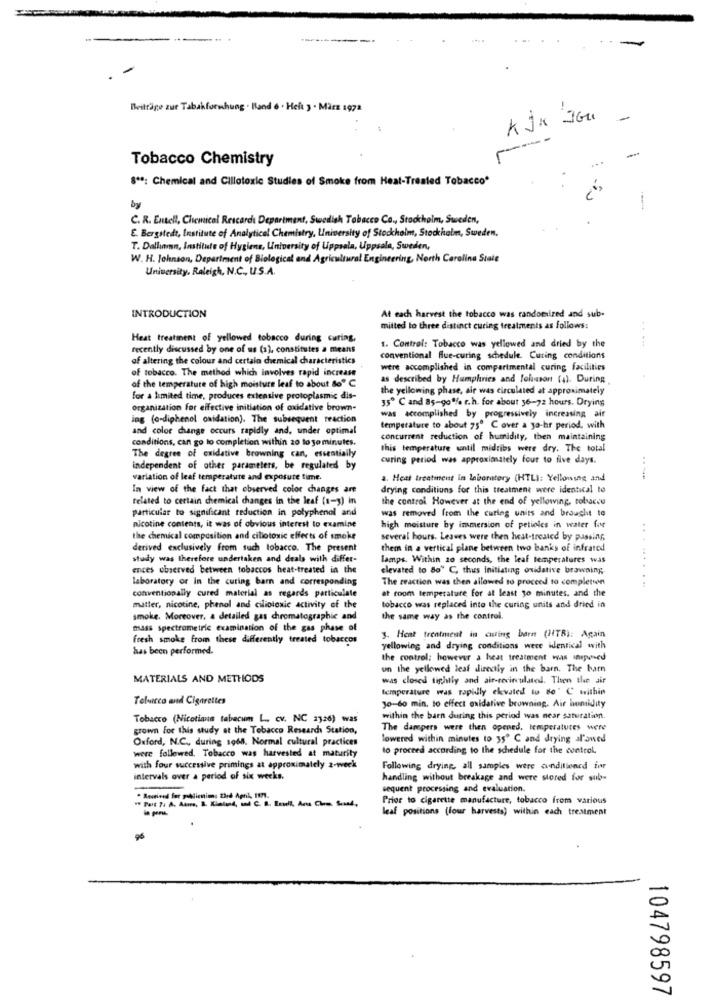
Beiträge zur Tabakformhung . Band 6 . Heft 3 . März 1972
kjk JGu
--
Tobacco Chemistry
§ **: Chemical and Cillotoxic Studies of Smoke from Heat-Treated Tobacco'
by
C. R. Entell, Chemical Rescarch Department, Swedish Tabacco Co ., Stockholm, Sweden,
E. Bergstedt, Institute of Analytical Chemistry, University of Stockholm, Stockholm, Sweden.
T. Dallamn, Institute of Hygiene, University of Uppsala, Uppsala, Sweden,
W. H. Johnson, Department of Biological and Agricultural Engineering, North Carolina Stale
University, Raleigh, N.C ., U.S.A.
INTRODUCTION
At each harvest the tobacco was randomized and sub-
mitted to three distinct curing treatments as follows:
Heat treatment of yellowed tobacco during curing,
recently discussed by one of us (a), constitutes a means
1. Control: Tobacco was yellowed and dried by the
.. ...
of altering the colour and certain chemical characteristics
conventional flue-curing schedule. Curing conditions
of tobacco. The method which involves rapid increase
were accomplished in compartmental curing facilities
as described by Humphries and Johnson (4). During
of the temperature of high moisture leaf to about doº C
the yellowing phase, air was circulated at approximately
for a limited time, produces extensive protoplasmic dis-
35º C and 85-90% r.h. for about 36-72 hours. Drying
organization for effective initiation of oxidative brown-
ing (o-diphenol oxidation). The subsequent reaction
was accomplished by progressively increasing air
and color change occurs rapidly and, under optimal
temperature to about 75º C over a ya-hr period. with
conditions, can go to completion within 20 to jo minutes.
concurrent reduction of humidity, then maintaining
The degree of oxidative browning can, essentially
this temperature until midribs were dry. The total
curing period was approximately four to five days.
independent of other parameters, be regulated by
variation of leaf temperature and exposure time.
1. Heat treatment in laboratory (HTLI: Yellowing and
---
In view of the Fact that observed color changes are
drying conditions for this treatment were identical to
related to certain chemical changes in the leaf (1-3) in
the control However at the end of yellowing, tobacco
particular to significant reduction in polyphenol and
was removed from the curing units and brought to
nicotine contents, it was of obvious interest to examine
high moisture by immersion of petioles in water for
the chemical composition and ciliotoxic effects of smoke
several hours. Leaves were then hest-treated by passing,
derived exclusively from such tobacco. The present
them in a vertical plane between two banks of infrated
study was therefore undertaken and deals with differ-
lamps. Within 20 seconds, the leaf temperatures was
ences observed between tobaccos heat-treated in the
elevated to 80º C, thus Initiating oxidative browning.
laboratory or In the curing barn and corresponding
The reaction was then allowed to proceed to completsen
at room temperature for at least to minutes, and the
..........
conventionally cured material as regards particulate
matter, nicotine, phenol and ciliotoxic activity of the
tobacco was replaced into the curing units and dried in
smoke. Moreover, a detailed gas chromatographic and
the same way as the control.
mass spectrometric examination of the gas phase of
fresh smoke from these differently treated tobaccos
3. Heat treatment is caring barn (NTB): Again
has been performed.
yellowing and drying conditions were identical with
the control: however a heat treatment was inopened
un the yellowed leaf directly in the barn, The barn
MATERIALS AND METHODS
was closed tightly and air-recirculated. Then the air
temperature was rapidly ekvated tu Bo' C within
Toluicco wid Cigarettes
30-60 min. to effect oxidative browning. Air humidity
Tobacco (Nicotiana tabacum L. cv. NC 2126) was
within the barn during this period was near saturation.
grown For this study at the Tobacco Research Station,
The dampers were then opened, temperatures were
Oxford, N.C ., during 1968. Normal cultural practices
lowered within minutes to 35º C and drying al'owed
were followed. Tobacco was harvested at maturity
to proceed according to the schedule for the control,
with four successive primings at approximately 2-week
Following drying, all samples were conditioned for
intervals over a period of six weeks.
handling without breakage and were stored for sub-
-
sequent processing and evaluation.
Prior to cigarette manufacture, tobacco from various
leaf positions (four harvests) within each treatment
104798597